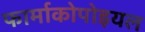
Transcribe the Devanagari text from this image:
फार्माकोपोइयल